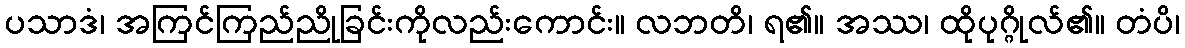
ပသာဒံ၊ အကြင်ကြည်ညိုခြင်းကိုလည်းကောင်း။ လဘတိ၊ ရ၏။ အဿ၊ ထိုပုဂ္ဂိုလ်၏။ တံပိ၊